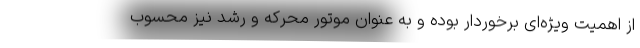
از اهمیت ویژه­ای برخوردار بوده و به عنوان موتور محرکه و رشد نیز محسوب